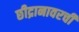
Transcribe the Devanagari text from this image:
छीद्रानावरची